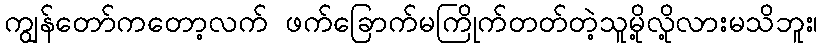
ကျွန်တော်ကတော့လက် ဖက်ခြောက်မကြိုက်တတ်တဲ့သူမို့လို့လားမသိဘူး၊